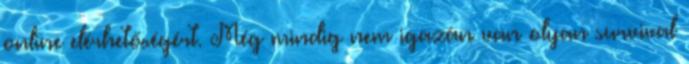
online elérhetőségért. Még mindig nem igazán van olyan survival